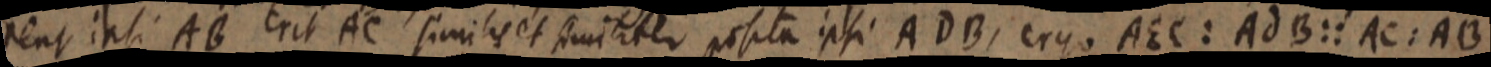
rent ipsi AB Erit AC similis et similiter posita ipsi ADB, ergo AEC: AdB:: AC: AB